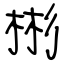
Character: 彬